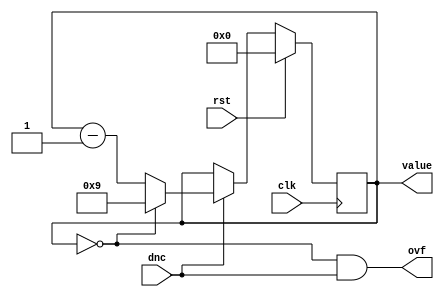
/*
   This file was generated automatically by the Mojo IDE version B1.3.6.
   Do not edit this file directly. Instead edit the original Lucid source.
   This is a temporary file and any changes made to it will be destroyed.
*/

module decimal_counter_21 (
    input clk,
    input rst,
    input dnc,
    output reg ovf,
    output reg [3:0] value
  );
  
  
  
  reg [3:0] M_val_d, M_val_q = 1'h0;
  
  always @* begin
    M_val_d = M_val_q;
    
    value = M_val_q;
    ovf = M_val_q == 1'h0 && dnc;
    if (dnc) begin
      if (M_val_q == 1'h0) begin
        M_val_d = 4'h9;
      end else begin
        M_val_d = M_val_q - 1'h1;
      end
    end
  end
  
  always @(posedge clk) begin
    if (rst == 1'b1) begin
      M_val_q <= 1'h0;
    end else begin
      M_val_q <= M_val_d;
    end
  end
  
endmodule